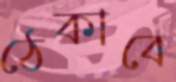
ঠেকাবে